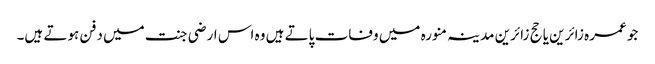
جو عمرہ زائرین یا حج زائرین مدینہ منورہ میں وفات پاتے ہیں وہ اس ارضی جنت میں دفن ہوتے ہیں۔